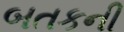
બતકની